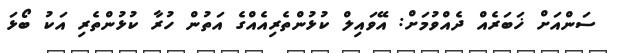
ސަންއަށް ޚަބަރެއް ދެއްވުމަށް: އޭވައިލް ކުޅުންތެރިއެއްގެ އަތުން ހުރާ ކުޅުންތެރި އަކު ބޯޅަ